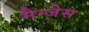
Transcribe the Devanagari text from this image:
मैन्जेस